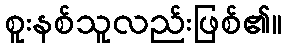
စူးနစ်သူလည်းဖြစ်၏။